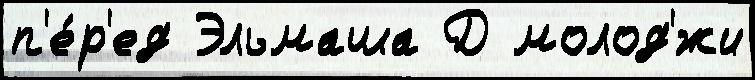
п'е́р'ед Эльмаша Д молод'́жи